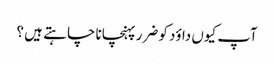
آپ کیوں داؤد کو ضرر پہنچانا چا ہتے ہیں ؟